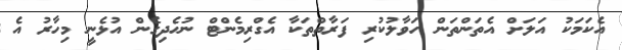
އެކަމަކު އަލަށް އެތަންތަން ހަވާލުކުރި ފަރާތްތަކާ އެގްރިމެންޓް ނުހެދިގެން އުޅެނީ މިހާރު އެ